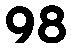
98